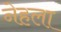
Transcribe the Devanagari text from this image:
नेहला